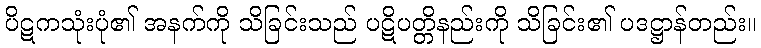
ပိဋကသုံးပုံ၏ အနက်ကို သိခြင်းသည် ပဋိပတ္တိနည်းကို သိခြင်း၏ ပဒဋ္ဌာန်တည်း။